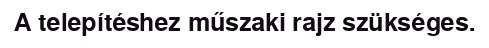
A telepítéshez műszaki rajz szükséges.